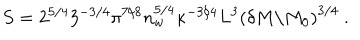
S = 2 ^ { 5 / 4 } 3 ^ { - 3 / 4 } \pi ^ { 7 / 8 } n _ { w } ^ { 5 / 4 } \kappa ^ { - 3 / 4 } L ^ { 3 } \left( \delta M / M _ { 0 } \right) ^ { 3 / 4 } \ .